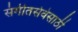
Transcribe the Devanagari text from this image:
संगीतसेवेसाठी